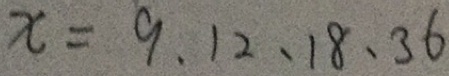
x = 9 、 1 2 、 1 8 、 3 6